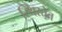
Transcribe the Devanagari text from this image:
स्थिरतेत